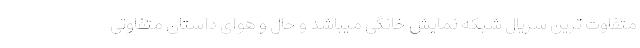
متفاوت ترین سریال شبکه نمایش خانگی میباشد و حال و هوای داستان متفاوتی